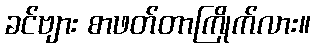
ခင်ဗျား စာဖတ်တာကြိုက်လား။